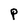
Character: P